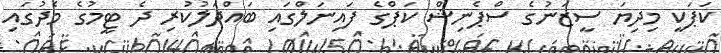
ކަޕަކީ މިދިޔަ ސީޒަނުގެ ސްޕެނިޝް ކަޕްގެ ފައިނަލްގައި ބައްދަލުކުރި ދެ ޓީމުގެ މެދުގައި